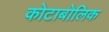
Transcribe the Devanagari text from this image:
कोटाबोलिक